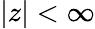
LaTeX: |z|<\infty